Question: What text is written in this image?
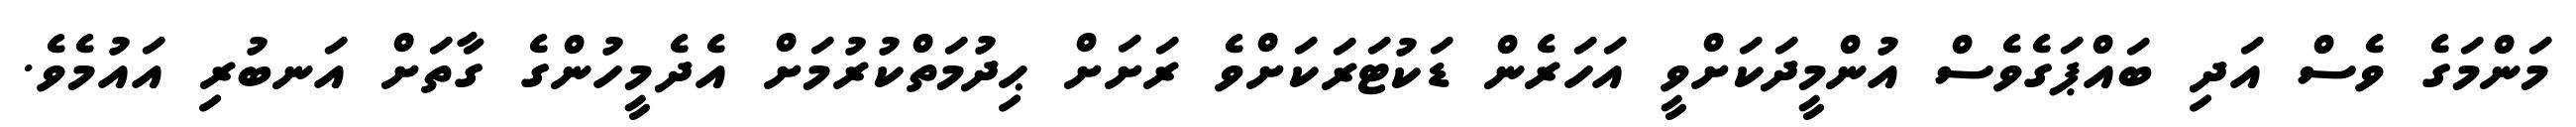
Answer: މަންމަގެ ވެސް އަދި ބައްޕަގެވެސް އުންމީދަކަށްވީ އަހަރެން ޑަކުޓަރަކަށްވެ ރަށަށް ޙިދުމަތްކުރުމަށް އެދެމީހުންގެ ގާތަށް އަނބުރި އައުމެވެ.